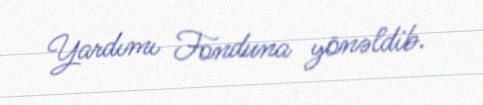
Yardımı Fonduna yönəldib.